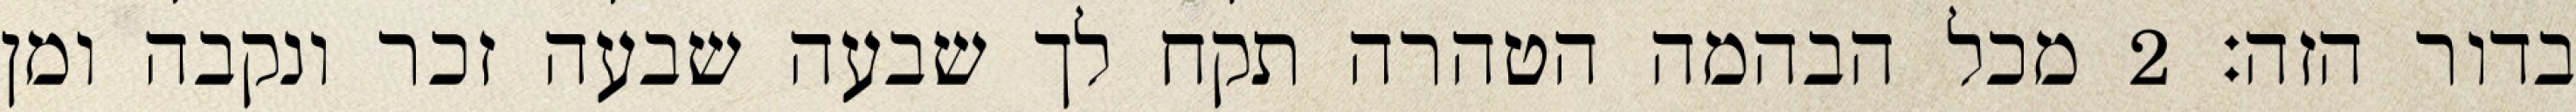
בדור הזה׃ ‎2‏ מכל הבהמה הטהרה תקח לך שבעה שבעה זכר ונקבה ומן